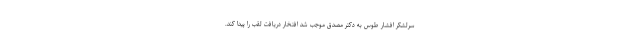
سرلشکر افشار طوس به دکتر مصدق موجب شد افتخار دریافت لقب را پیدا کند.